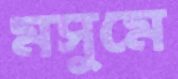
মসুমে